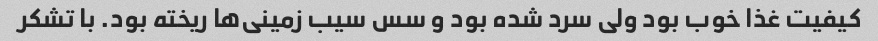
کیفیت غذا خوب بود ولی سرد شده بود و سس سیب زمینی‌ها ریخته بود. با تشکر